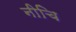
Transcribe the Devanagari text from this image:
नीचि